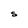
Character: S